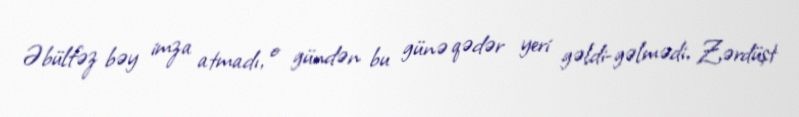
Əbülfəz bəy imza atmadı, o gündən bu günə qədər yeri gəldi-gəlmədi, Zərdüşt